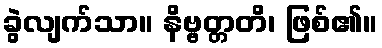
ခွဲလျက်သာ။ နိဗ္ဗတ္တတိ၊ ဖြစ်၏။